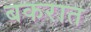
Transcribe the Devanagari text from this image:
बकरात